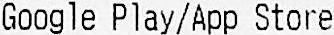
GOOGLE PLAY/APP STORE